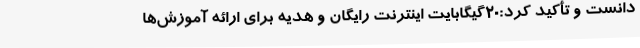
دانست و تأکید کرد:20گیگابایت اینترنت رایگان و هدیه برای ارائه آموزش‌ها